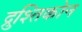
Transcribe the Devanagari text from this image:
द्रुश्तिकोन